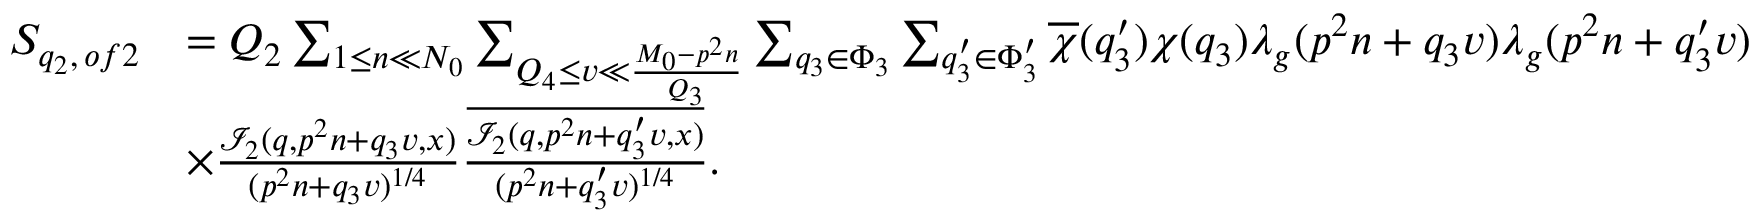
\begin{array} { r l } { S _ { q _ { 2 } , \, o f 2 } } & { = Q _ { 2 } \sum _ { 1 \leq n \ll N _ { 0 } } \sum _ { Q _ { 4 } \leq v \ll \frac { M _ { 0 } - p ^ { 2 } n } { Q _ { 3 } } } \sum _ { q _ { 3 } \in \Phi _ { 3 } } \sum _ { q _ { 3 } ^ { \prime } \in \Phi _ { 3 } ^ { \prime } } \overline { { \chi } } ( q _ { 3 } ^ { \prime } ) \chi ( q _ { 3 } ) \lambda _ { g } ( p ^ { 2 } n + q _ { 3 } v ) \lambda _ { g } ( p ^ { 2 } n + q _ { 3 } ^ { \prime } v ) } \\ & { \times \frac { \mathcal { I } _ { 2 } ( q , p ^ { 2 } n + q _ { 3 } v , x ) } { ( p ^ { 2 } n + q _ { 3 } v ) ^ { 1 / 4 } } \frac { \overline { { \mathcal { I } _ { 2 } ( q , p ^ { 2 } n + q _ { 3 } ^ { \prime } v , x ) } } } { ( p ^ { 2 } n + q _ { 3 } ^ { \prime } v ) ^ { 1 / 4 } } . } \end{array}